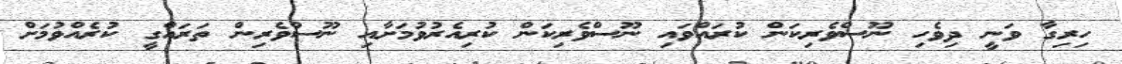
ހިރިގާ ވަނީ ދިވެހި ނޫސްވެރިކަން ކުރައްވައި ނޫސްވެރިކަން ކުރިއެރުވުމަށާއި ނޫސްވެރިން ތަރައްގީ ކުރެއްވުމަށް